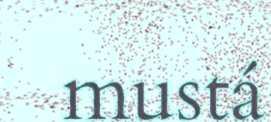
mustá